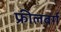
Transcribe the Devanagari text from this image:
फ्रीलबर्ग